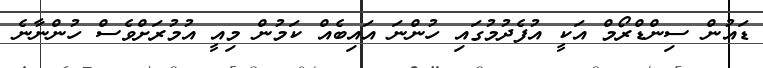
ޑައުން ސިންޑްރޯމް އަކީ އުފެދުމުގައި ހުންނަ އައިބެއް ކަމުން މިއީ އުމުރަށްވެސް ހުންނާނެ